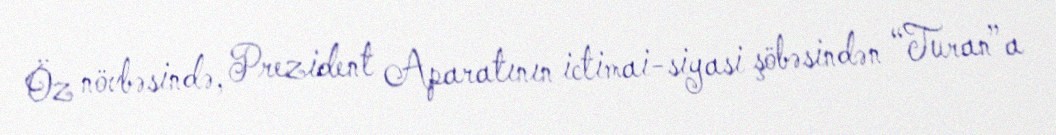
Öz növbəsində, Prezident Aparatının ictimai-siyasi şöbəsindən “Turan”a